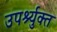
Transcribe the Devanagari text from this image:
उपर्श्युक्त